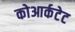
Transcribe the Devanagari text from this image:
कोआर्कटेट